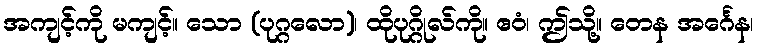
အကျင့်ကို မကျင့်။ သော (ပုဂ္ဂလော)၊ ထိုပုဂ္ဂိုလ်ကို။ ဧဝံ၊ ဤသို့။ တေန အင်္ဂေန၊